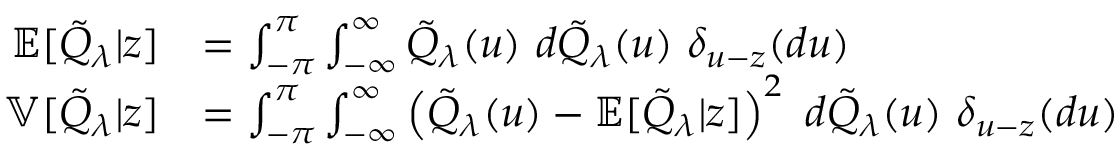
\begin{array} { r l } { \mathbb { E } [ \tilde { Q } _ { \lambda } | z ] } & { = \int _ { - \pi } ^ { \pi } \int _ { - \infty } ^ { \infty } \tilde { Q } _ { \lambda } ( u ) \ d \tilde { Q } _ { \lambda } ( u ) \ \delta _ { u - z } ( d u ) } \\ { \mathbb { V } [ \tilde { Q } _ { \lambda } | z ] } & { = \int _ { - \pi } ^ { \pi } \int _ { - \infty } ^ { \infty } \left( \tilde { Q } _ { \lambda } ( u ) - \mathbb { E } [ \tilde { Q } _ { \lambda } | z ] \right) ^ { 2 } \ d \tilde { Q } _ { \lambda } ( u ) \ \delta _ { u - z } ( d u ) } \end{array}